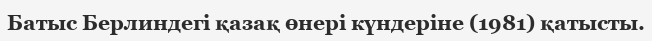
Батыс Берлиндегі қазақ өнері күндеріне (1981) қатысты.